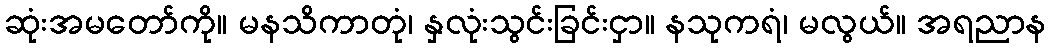
ဆုံးအမတော်ကို။ မနသိကာတုံ၊ နှလုံးသွင်းခြင်းငှာ။ နသုကရံ၊ မလွယ်။ အရညာန